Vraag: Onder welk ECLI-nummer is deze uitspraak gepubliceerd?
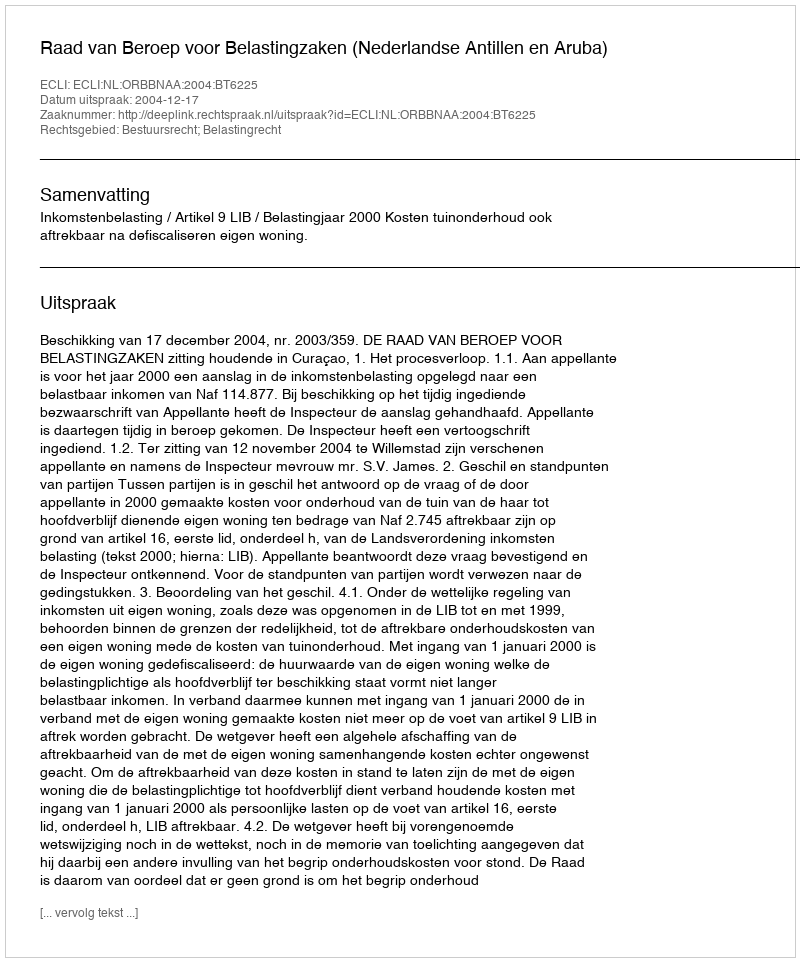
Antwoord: ECLI:NL:ORBBNAA:2004:BT6225